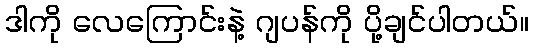
ဒါကို လေကြောင်းနဲ့ ဂျပန်ကို ပို့ချင်ပါတယ်။